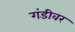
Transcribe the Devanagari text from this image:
गंडीवर